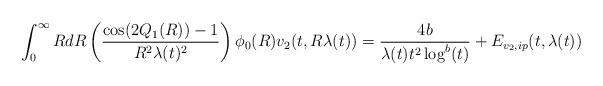
LaTeX: \begin{align*} \int_{0}^{\infty} R dR \left(\frac{\cos(2Q_{1}(R))-1}{R^{2}\lambda(t)^{2}}\right)\phi_{0}(R) v_{2}(t,R\lambda(t)) = \frac{4b}{\lambda(t) t^{2} \log^{b}(t)} +E_{v_{2},ip}(t,\lambda(t))\end{align*}